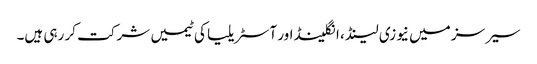
سیرسز میں نیوزی لینڈ ، انگلینڈ اور آسٹریلیا کی ٹیمیں شرکت کر رہی ہیں۔